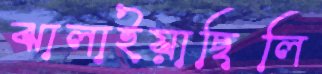
ঝালাইয়াছিলি